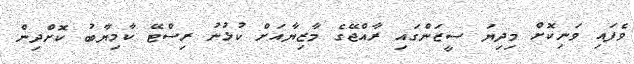
ވެފައި ވަނިކޮށް މިދިޔަ ސީޒަންގައި ރާއްޖޭގެ މާޒިޔާއަށް ކުޅުނު ރިސްޓޭ ކާމިޔާބު ކޮށްދިން